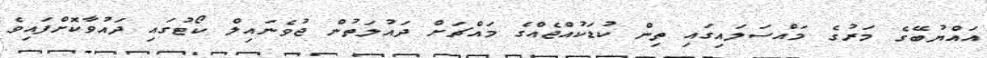
އައްޔުބޭގެ މަރުގެ މައްސަލައިގައި ތިން ކުޑަކުއްޖެއްގެ މައްޗަށް ދައުލަތުން ޖުވެނައިލް ކޯޓުގައި ދައުވާކޮށްފައިވެ